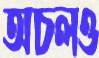
অচলও